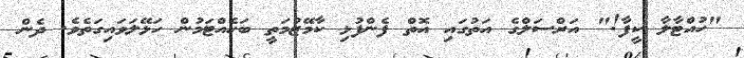
"ހުއްޓާލާ ކީފާ!" އަރްސަލްގެ އަތުގައި އޮތް ފެންފުޅި ކާމޭޒުމަތީ ބަހެއްޓަމުން ހަޅޭލަވައިގަތެވެ. ދެން